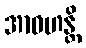
အာဝဟန္တိ